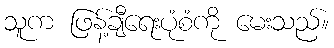
သူက ဖြန့်ချီရေးပုံစံကို မေးသည်။